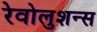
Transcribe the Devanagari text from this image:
रेवोलुशन्स